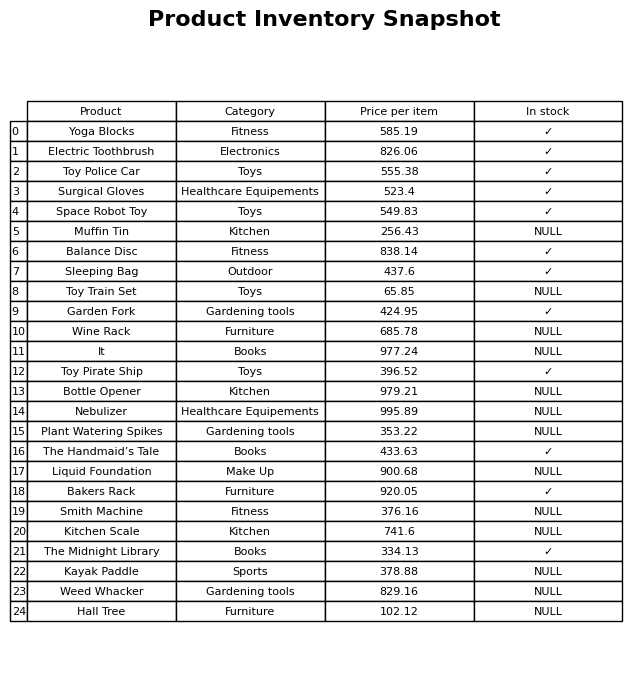
question: What is the price for Toy Police Car?
answer: The price of Toy Police Car is 555.38.